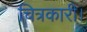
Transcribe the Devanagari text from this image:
चित्रकारी।